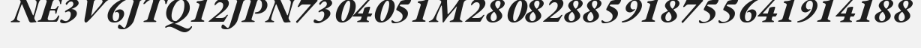
NE3V6JTQ12JPN7304051M28082885918755641914188